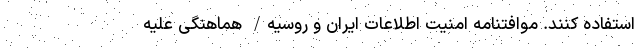
استفاده کنند. موافتنامه امنیت اطلاعات ایران و روسیه/ هماهنگی علیه